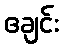
ဧချင်း